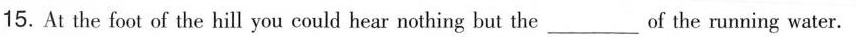
15.At the foot of the hill you could hear nothing but the ___ of the running water.